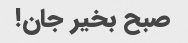
صبح بخیر جان!